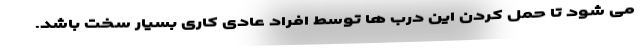
می شود تا حمل کردن این درب ها توسط افراد عادی کاری بسیار سخت باشد.